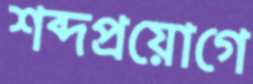
শব্দপ্রয়োগে